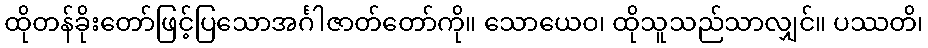
ထိုတန်ခိုးတော်ဖြင့်ပြသောအင်္ဂါဇာတ်တော်ကို။ သောယေဝ၊ ထိုသူသည်သာလျှင်။ ပဿတိ၊